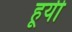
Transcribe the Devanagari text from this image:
हूयी